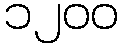
၁၂၀၀